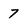
Character: 7